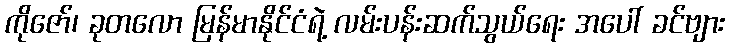
ကိုဇော်၊ ခုတလော မြန်မာနိုင်ငံရဲ့ လမ်းပန်းဆက်သွယ်ရေး အပေါ် ခင်ဗျား